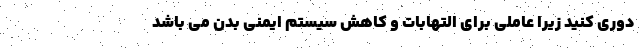
دوری کنید زیرا عاملی برای التهابات و کاهش سیستم ایمنی بدن می باشد